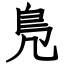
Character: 鳬